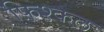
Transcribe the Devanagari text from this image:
फ़िश्कल